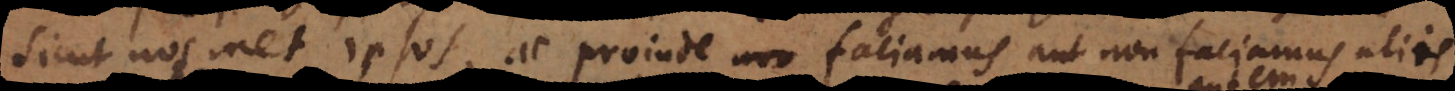
t nosmet ipsos, ac proinde non faciamus aut non faciamus aliis